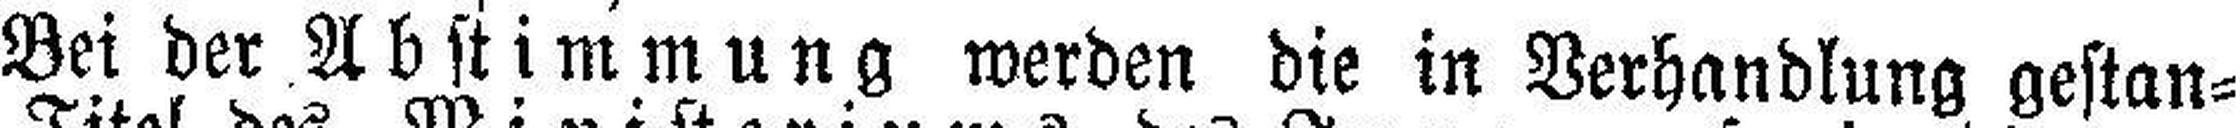
Bei der Abstimmung werden die in Verhandlung gestan¬